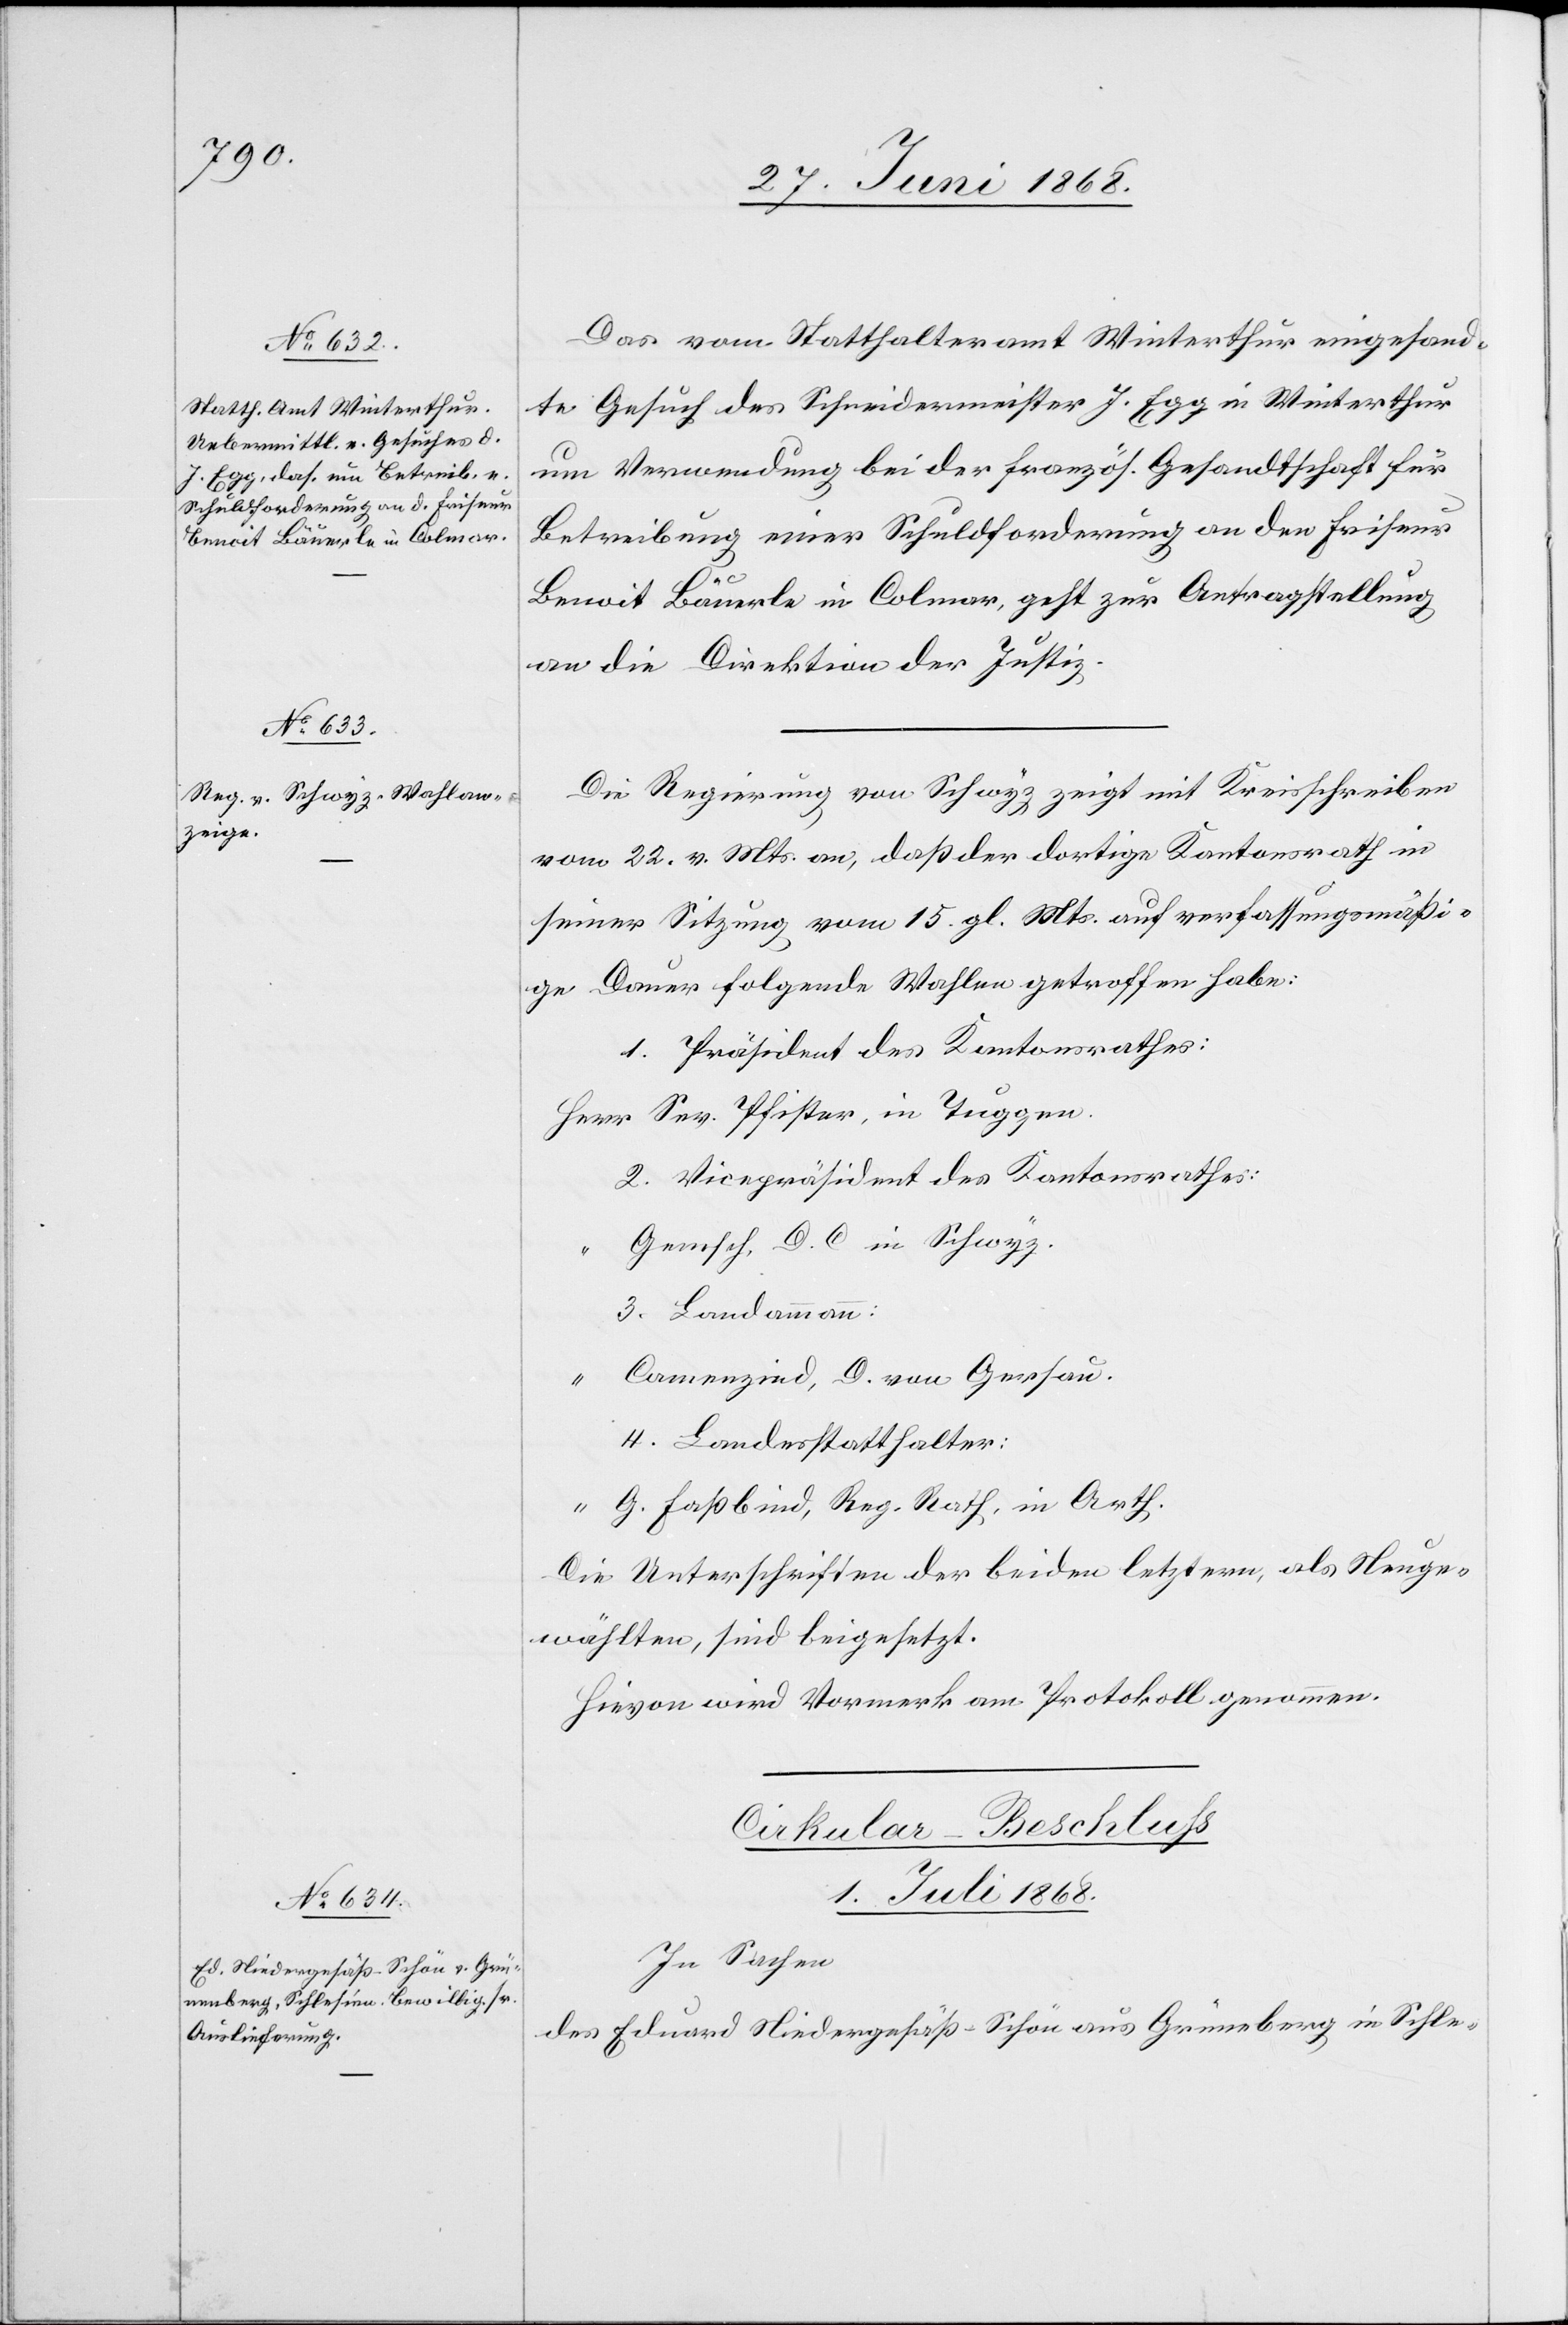
Das vom Statthalteramt
Winterthur eingesand¬
W¬
interthur
te Gesuch des Schneidermeister J. Egg
um Verwendung bei der französ. Gesandtschaft für
Betreibung einer Schuldforderung an den Friseur
in
Benoit Bäuerle in Colmar, geht zur Antragstellung
an die Direktion der Justiz.
Die Regierung von Schwyz zeigt mit Kreisschreiben
vom 22. v. Mts. an, daß der dortige Kantonsrath in
seiner Sitzung vom 15. gl. Mts. auf verfassungsmäßi¬
ge Dauer folgende Wahlen getroffen habe:
1. Präsident des Kantonsrathes:
Herr Sev. Pfister, in Tuggen.
2. Vicepräsident des Kantonsrathes:
Gemsch, D. C in Schwyz.
3. Landammann:
“ Camenzind, D. von Gersau.
4. Landesstatthalter:
“ G. Faßbind, Reg. Rath, in Arth.
Die Unterschriften der beiden letztern, als Neuge¬
wählten, sind beigesetzt.
Hievon wird Vormerk am Protokoll genommen.
Cirkular-Beschluss
1. Juli 1868.
In Sachen
des Eduard Niedergesäß-Schön aus Grüneberg in Schle-